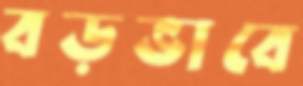
বড়ভাবে